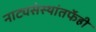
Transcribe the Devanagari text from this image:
नाट्यसंस्थांतर्फेही